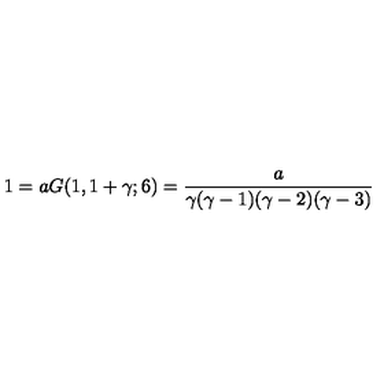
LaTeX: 1 = a G ( 1 , 1 + \gamma ; 6 ) = { \frac { a } { \gamma ( \gamma - 1 ) ( \gamma - 2 ) ( \gamma - 3 ) } }